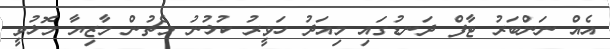
އެއް ނަންބަރު ޓާފް ދަނޑުގައި މިއަދު ހަވީރު ކުޅުނު މެޗުން މާޒިޔާ މޮޅުވީ